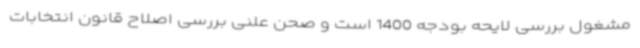
مشغول بررسی لایحه بودجه 1400 است و صحن علنی بررسی اصلاح قانون انتخابات